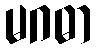
မဂဓာ